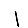
Digit: 1